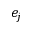
e _ { j }